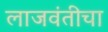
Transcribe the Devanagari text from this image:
लाजवंतीचा